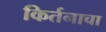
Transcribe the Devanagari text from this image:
किर्तनाचा